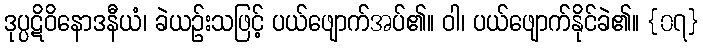
ဒုပ္ပဋိဝိနောဒနီယံ၊ ခဲယဉ်းသဖြင့် ပယ်ဖျောက်အပ်၏။ ဝါ၊ ပယ်ဖျောက်နိုင်ခဲ၏။ {၀၇}